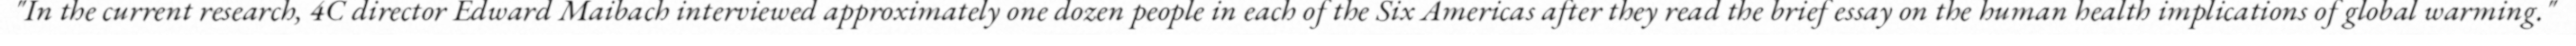
"In the current research, 4C director Edward Maibach interviewed approximately one dozen people in each of the Six Americas after they read the brief essay on the human health implications of global warming."